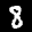
Label: 8